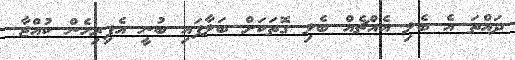
ދައްތަ އެ ބެލި އެއްޗެއް ބެލި ގޮތަކަށް ބަލާފައި ބުނީ އެފިރިހެން ކުއްޖާ